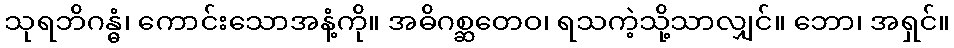
သုရဘိဂန္ဓံ၊ ကောင်းသောအနံ့ကို။ အဓိဂစ္ဆတေဝ၊ ရသကဲ့သို့သာလျှင်။ ဘော၊ အရှင်။